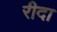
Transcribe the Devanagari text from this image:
रीदा